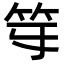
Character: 𥫻